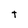
Character: t